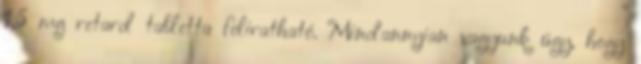
1,5 mg retard tabletta feliratható. Mindannyian vagyunk úgy, hogy